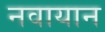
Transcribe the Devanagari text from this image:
नवायान